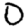
Digit: 0